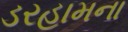
ડરહામના